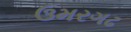
ઉમરગઢ